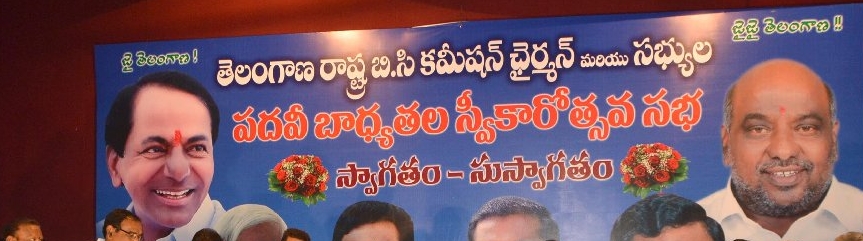
Language: telugu
Transcription: బి.సి జై రాష్ర్ట కమీషన్ పదవీ బాధ్యతల స్వీకారోత్సవ సభ స్వాగతం జైజై మరియు సభ్యుల ఛైర్మన్